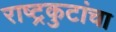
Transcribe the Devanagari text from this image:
राष्ट्रकुटांचा